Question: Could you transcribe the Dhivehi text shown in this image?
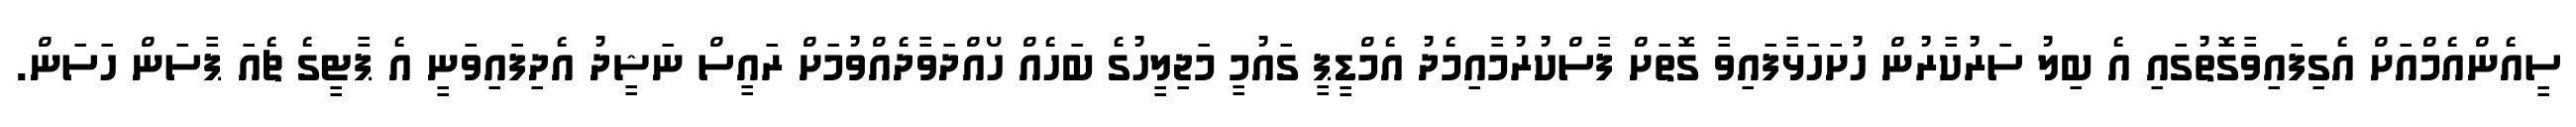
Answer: ސީއެންއެމްއަށް އެގިފައިވާގޮތުގައި އެ ބިލު ސަރުކާރުން ހުށަހަޅާފައިވާ ގޮތަށް ފާސްކުރުމާއިމެދު އެމްޑީޕީ ގައުމީ މަޖިލީހުގެ ބަހެއް ހޯއްދަވާދެއްވުމަށް ރައީސް ނަޝީދު އެދިފައިވަނީ އެ ޕާޓީގެ ޗެއަ ޕާސަން ހަސަން.